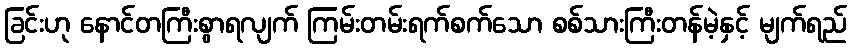
ခြင်းဟု နောင်တကြီးစွာရလျက် ကြမ်းတမ်းရက်စက်သော စစ်သားကြီးတန်မဲ့နှင့် မျက်ရည်